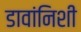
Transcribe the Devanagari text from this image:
डावांनिशी